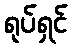
ရုပ်ရှင်